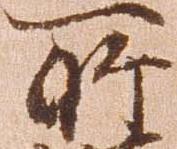
所